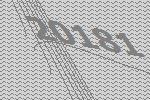
20181